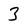
Character: 3